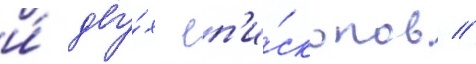
и́ дву́х еп'и́скопов //